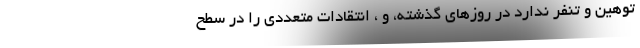
توهین و تنفر ندارد در روزهای گذشته، و ، انتقادات متعددی را در سطح